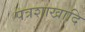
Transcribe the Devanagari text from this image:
पत्रशाखादि